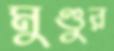
মুণ্ডুর